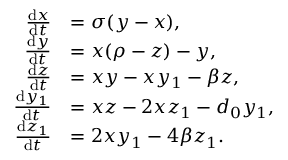
{ \begin{array} { r l } { { \frac { \mathrm { d } x } { \mathrm { d } t } } } & { = \sigma ( y - x ) , } \\ { { \frac { \mathrm { d } y } { \mathrm { d } t } } } & { = x ( \rho - z ) - y , } \\ { { \frac { \mathrm { d } z } { \mathrm { d } t } } } & { = x y - x y _ { 1 } - \beta z , } \\ { { \frac { \mathrm { d } y _ { 1 } } { \mathrm { d } t } } } & { = x z - 2 x z _ { 1 } - d _ { 0 } y _ { 1 } , } \\ { { \frac { \mathrm { d } z _ { 1 } } { \mathrm { d } t } } } & { = 2 x y _ { 1 } - 4 \beta z _ { 1 } . } \end{array} }